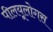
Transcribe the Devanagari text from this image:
पीलयूलोगस